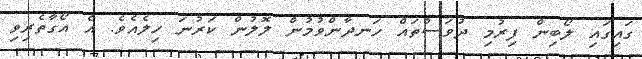
ގައިގައި ލޯބިން ފިރުމި ދުވަސްތައް ހަނދާންވުމުން ލޮލުން ކަރުނަ ހިލެއެވެ. އެ އޯގާތެރިވި